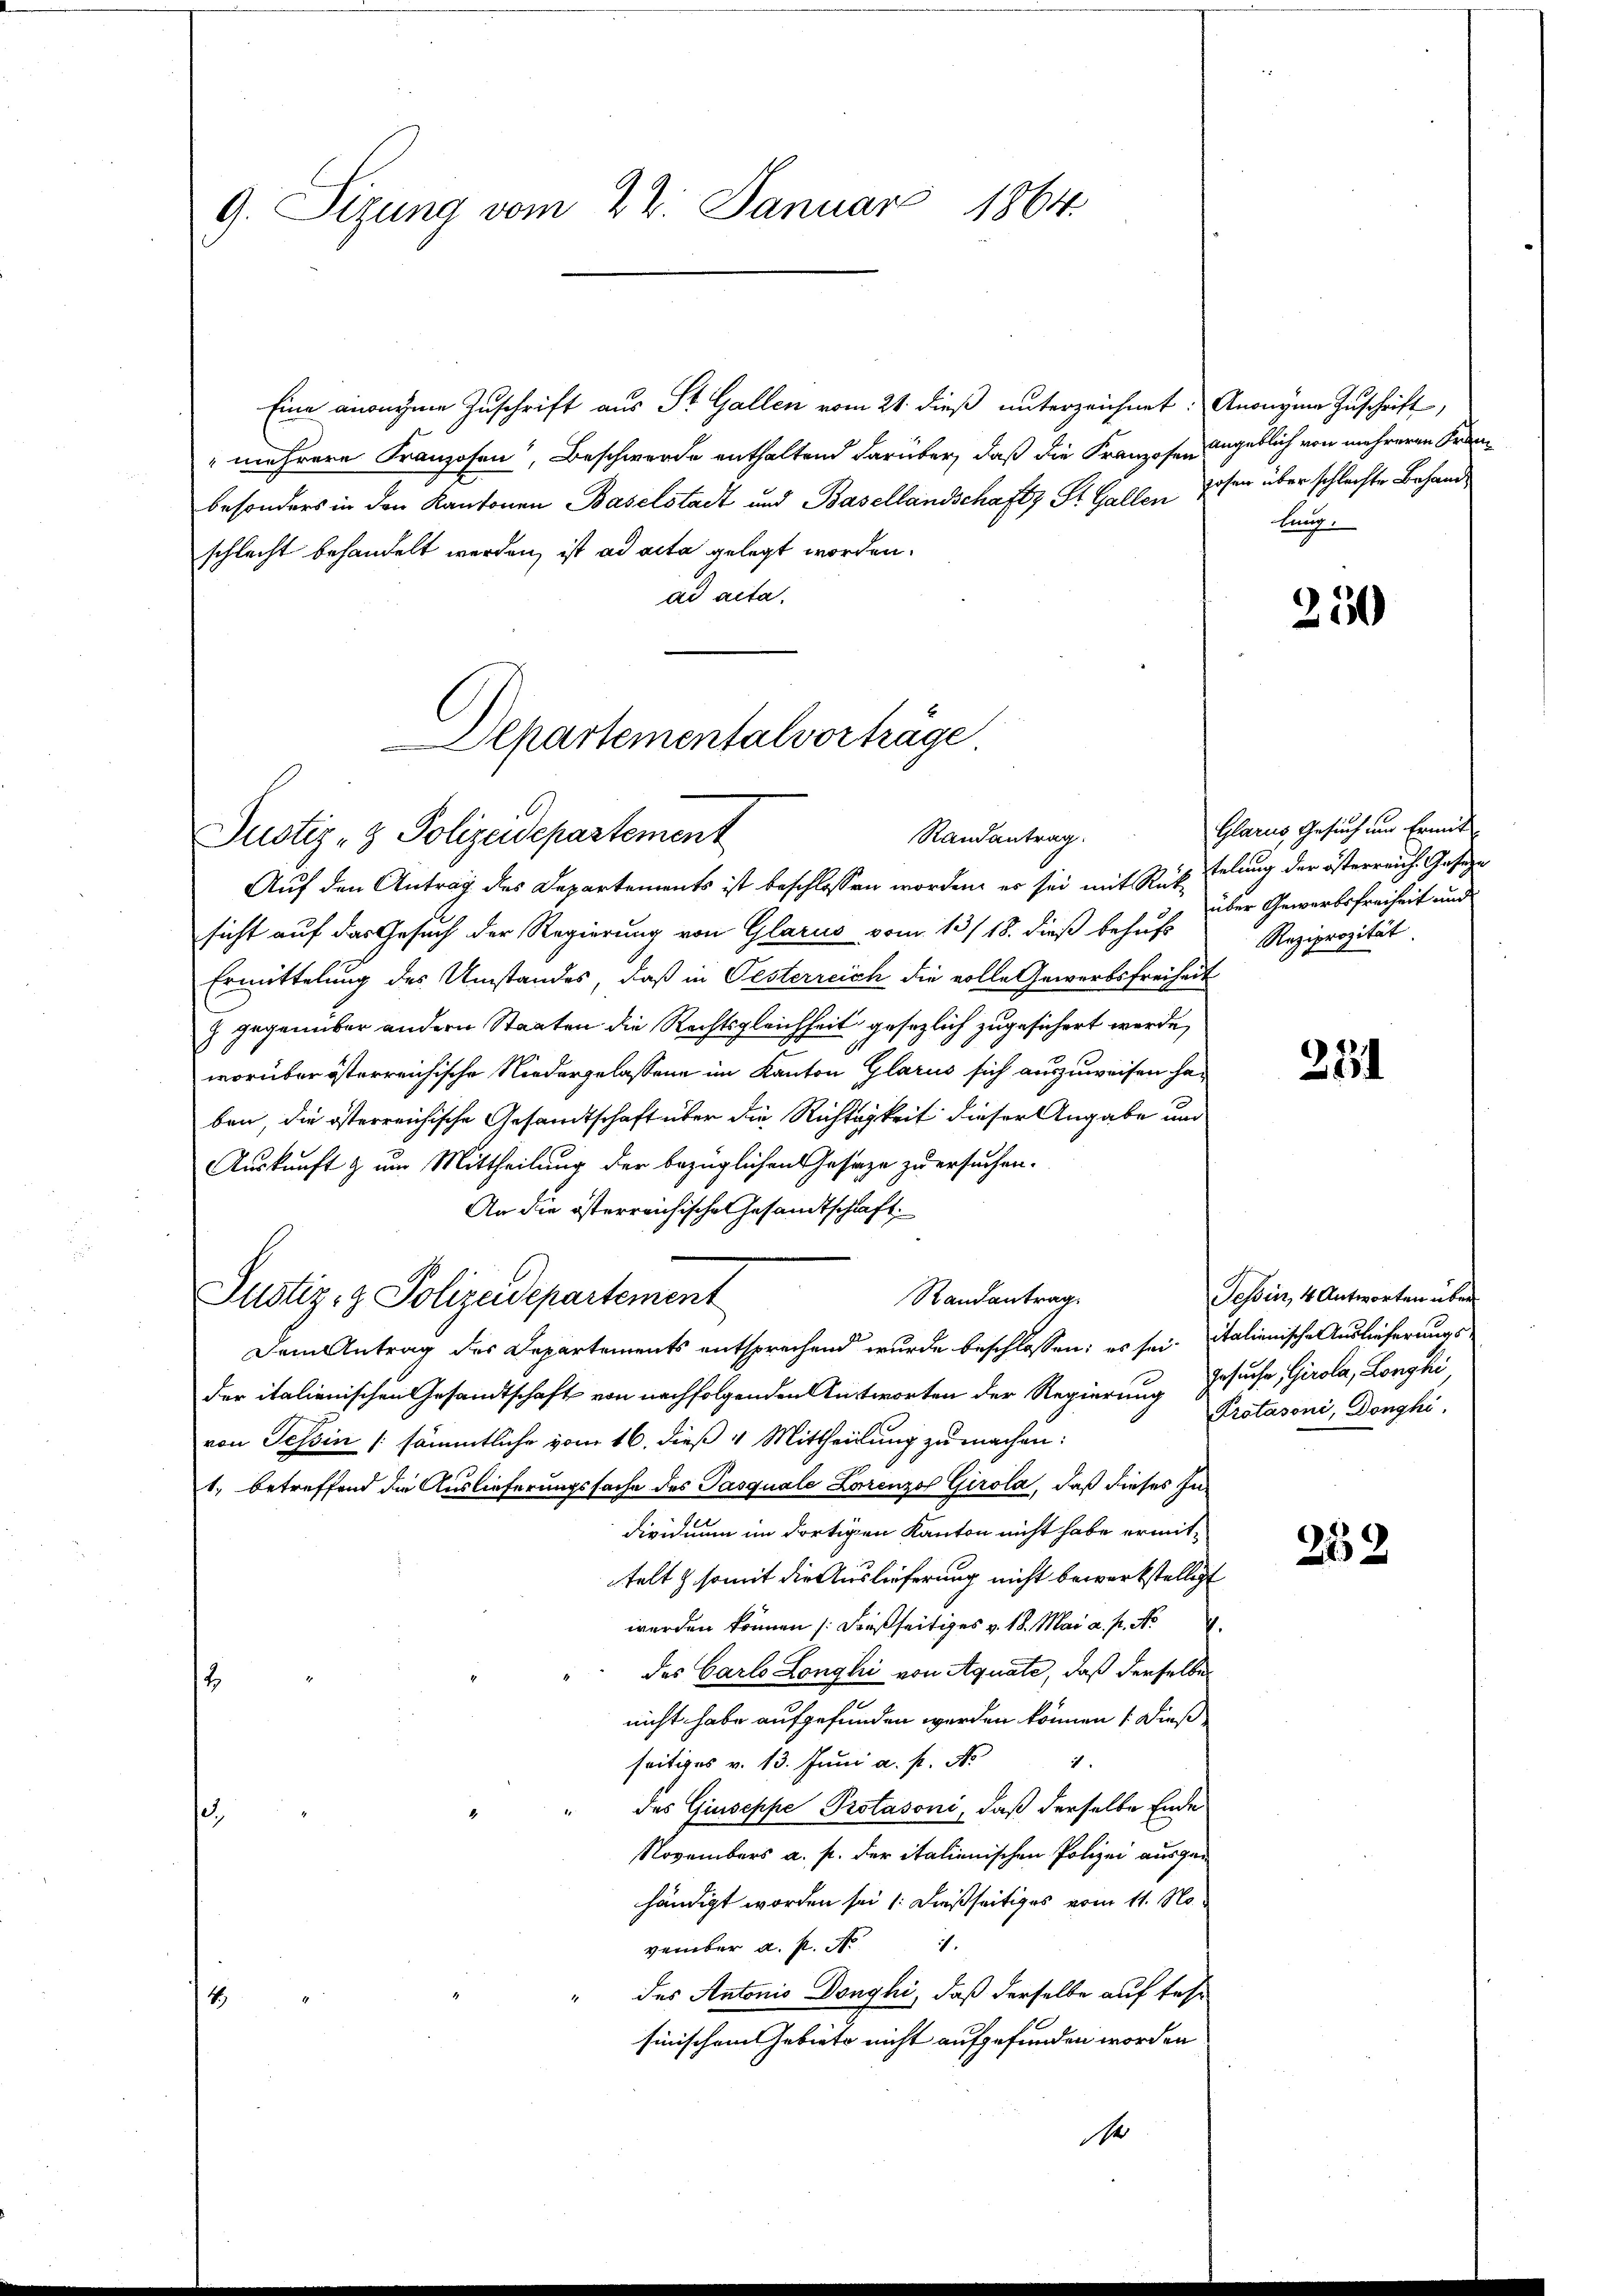
9. Sizung vom 22. Januar 1864.

Departementalverträge

Eine anonyme Zuschrift aus St. Gallen vom 21. dieß unterzeichnet. Anonyme Zuschrift,
" mehrere Franzosen, Beschwerde enthaltend darüber, daß die Franzosen angeblich von mehreren Franbesonders in den Kantonen Baselstadt und Basellandschafts St. Gallen Josen über schlerfte Behandschlecht behandelt werden, ist ad acta gelegt worden.
ad acta.
Randantrag.
Justiz- & Polizeidepartement
Auf den Antrag des Departements ist beschlossen worden, es sei mit Rücksicht auf das Gesuch der Regierung von Glarus vom 13/18. dieß behufs
Ermittelung des Umstandes, daß in Oesterreich die volle Gewerbsfreiheit
7 gegenüber andern Staaten die Rechtsgleichheit gesezlich zugesichert werde,
worüber österreichische Niedergelassene im Kanton Glarus sich auszuweisen haben, die österreichische Gesandtschaft über die Richtigkeit dieser Angabe und
Auskunft & um Mittheilung der bezüglichen Gesage zu ersuchen.
An die österreichische Gesandtschaft,
Randantrag.
Justiz- & Polizeidepartement
Dem Antrag des Departements entsprechend wurde beschlossen; es sei. italienische Auslieferungs
der italienischen Gesandtschaft von nachfolgenden Antworten der Regierung Gesuche, Girola, Longhi
von Tessin /: sämmtliche vom 16. dieß 4 Mittheilung zu machen:
1. betreffend die Auslieferungssache des Pasquale Lorenzo Girola, daß dieses Individuum im dortigen Kanton nicht habe ermittelt & somit die Auslieferung nicht bewerkstelligt
werden können [dießseitiges v. 18. Mai a. p. No
des Carlo Longhi von Aquate, daß derselbe
nicht habe aufgefunden werden können /: dieß
seitiges v. 13. Juni a. p. N. 1
" des Giuseppe Protasoni, daß derselbe Ende
Novembers a. p. der italienischen Polizei ausgehändigt worden sei /: dießseitiges vom 11. November a. f. No 1
des Antonis Donyhi, daß derselbe auf tes
sinischem Gebiete nicht aufgefunden worden
se

lung.

250

Glarus, Gesuch und Ermit
telung der österreich Geseze
über Gewerbsfreiheit und
Reziprozität.

251

Tessin, 4 Antworten über
Protasoni, Donghi.

252